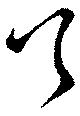
公